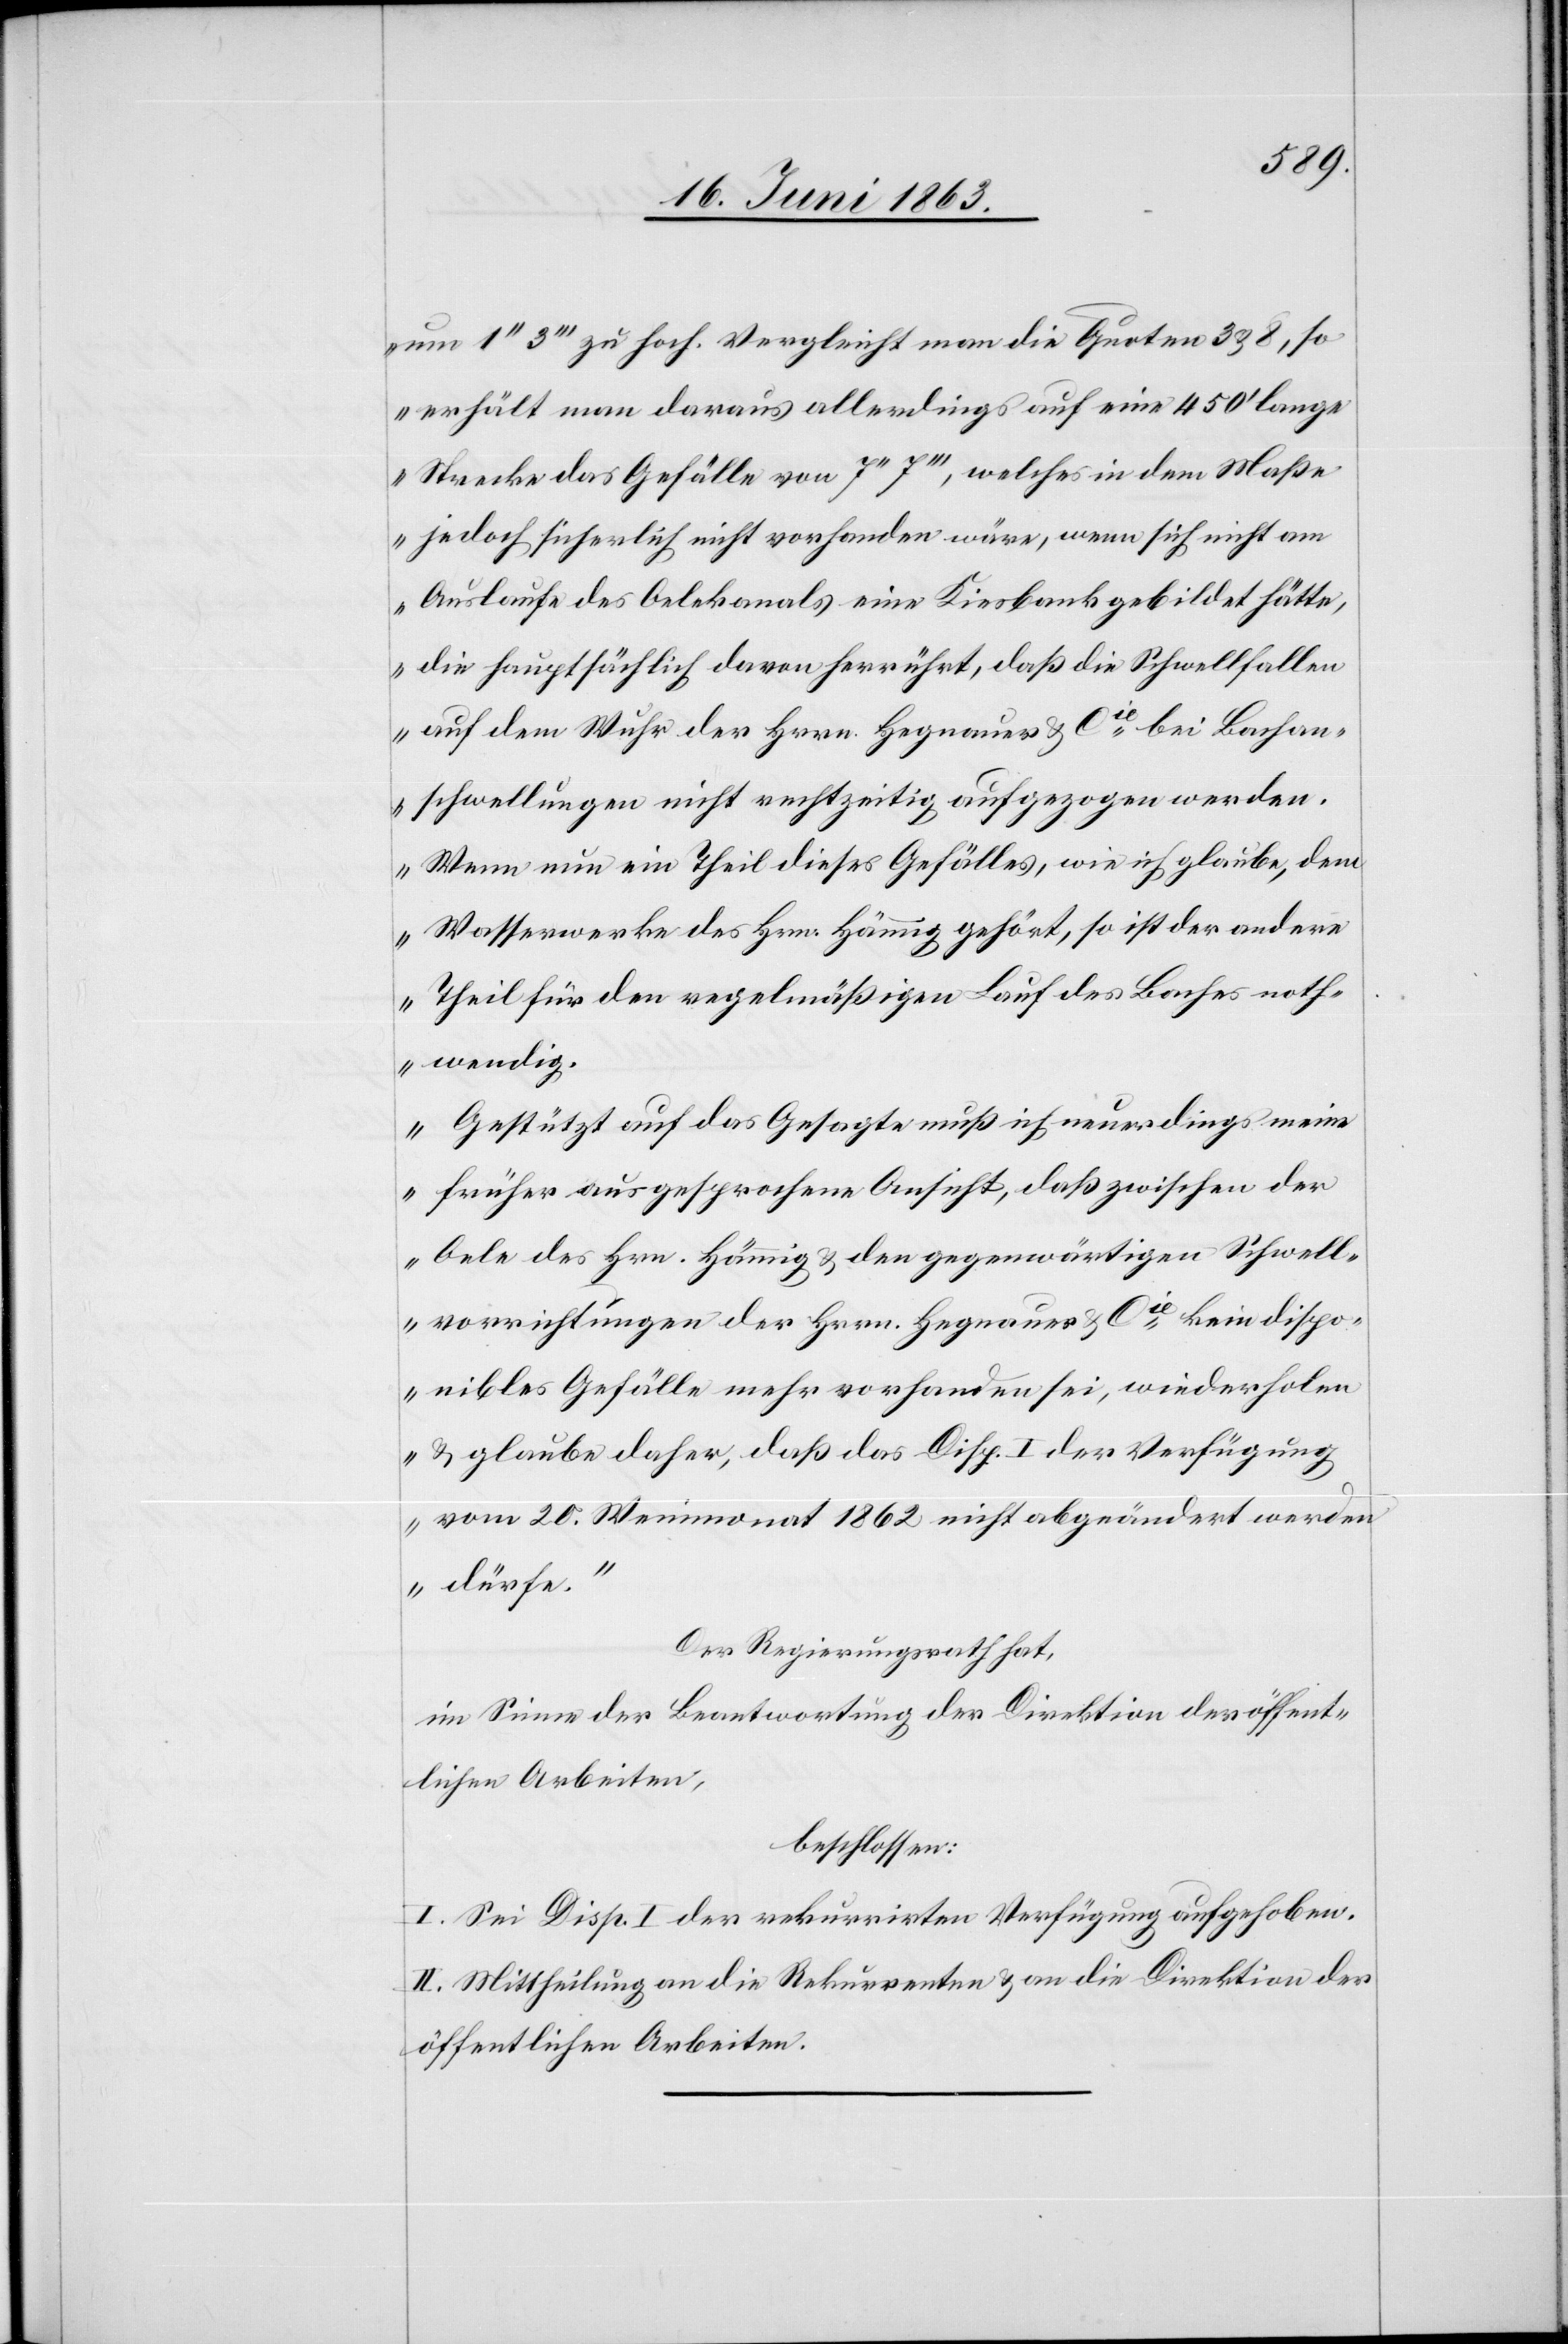
um 1'' 3''' zu hoch. Vergleicht man die Quoten 3 & 8, so
erhält man daraus allerdings auf eine 450' lange
Strecke das Gefälle von 7'' 7''', welches in dem Maße
jedoch sicherlich nicht vorhanden wäre, wenn sich nicht am
Auslaufe des Oelekanals eine Kiesbank gebildet hätte,
die hauptsächlich davon herrührt, daß die Schwellfallen
auf dem Wuhr der Hrrn. Hegnauer & Cie bei Bachan¬
schwellungen nicht rechtzeitig aufgezogen werden.
Wenn nun ein Theil dieses Gefälles, wie ich glaube, dem
Wasserwerke des Hrn. Hämmig gehört, so ist der andere
Theil für den regelmäßigen Lauf des Baches noth¬
wendig.
Gestützt auf das Gesagte, muß ich neuerdings meine
früher ausgesprochene Ansicht, daß zwischen der
Oele des Hrn. Hämmig & den gegenwärtigen Schwell¬
vorrichtungen der Hrrn. Hegnauer & Cie kein dispo¬
nibles Gefälle mehr vorhanden sei, wiederholen
& glaube daher, daß das Disp. I der Verfügung
vom 20. Weinmonat 1862 nicht abgeändert werden
dürfe.“
Der Regierungsrath hat,
im Sinne der Beantwortung der Direktion der öffent¬
lichen Arbeiten,
beschlossen:
I. Sei Disp. I der rekurrirten Verfügung aufgehoben.
II. Mittheilung an die Rekurrenten & an die Direktion der
öffentlichen Arbeiten.